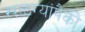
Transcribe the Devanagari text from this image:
खळग्यांपैकी